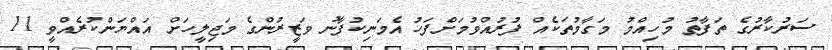
ސަރުކާރުގެ ތަފާތު މުހިއްމު މަގާމުތަކެއް ފުރުއްވުމަށްފަހު އެމަނިކުފާނު ވަޒީރުންގެ މަޖިލީހަށް އައްޔަންކުރެއްވީ 11